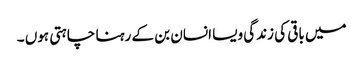
میں باقی کی زندگی ویسا انسان بن کے رہنا چاہتی ہوں ۔